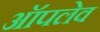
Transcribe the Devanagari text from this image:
ऑपलेव